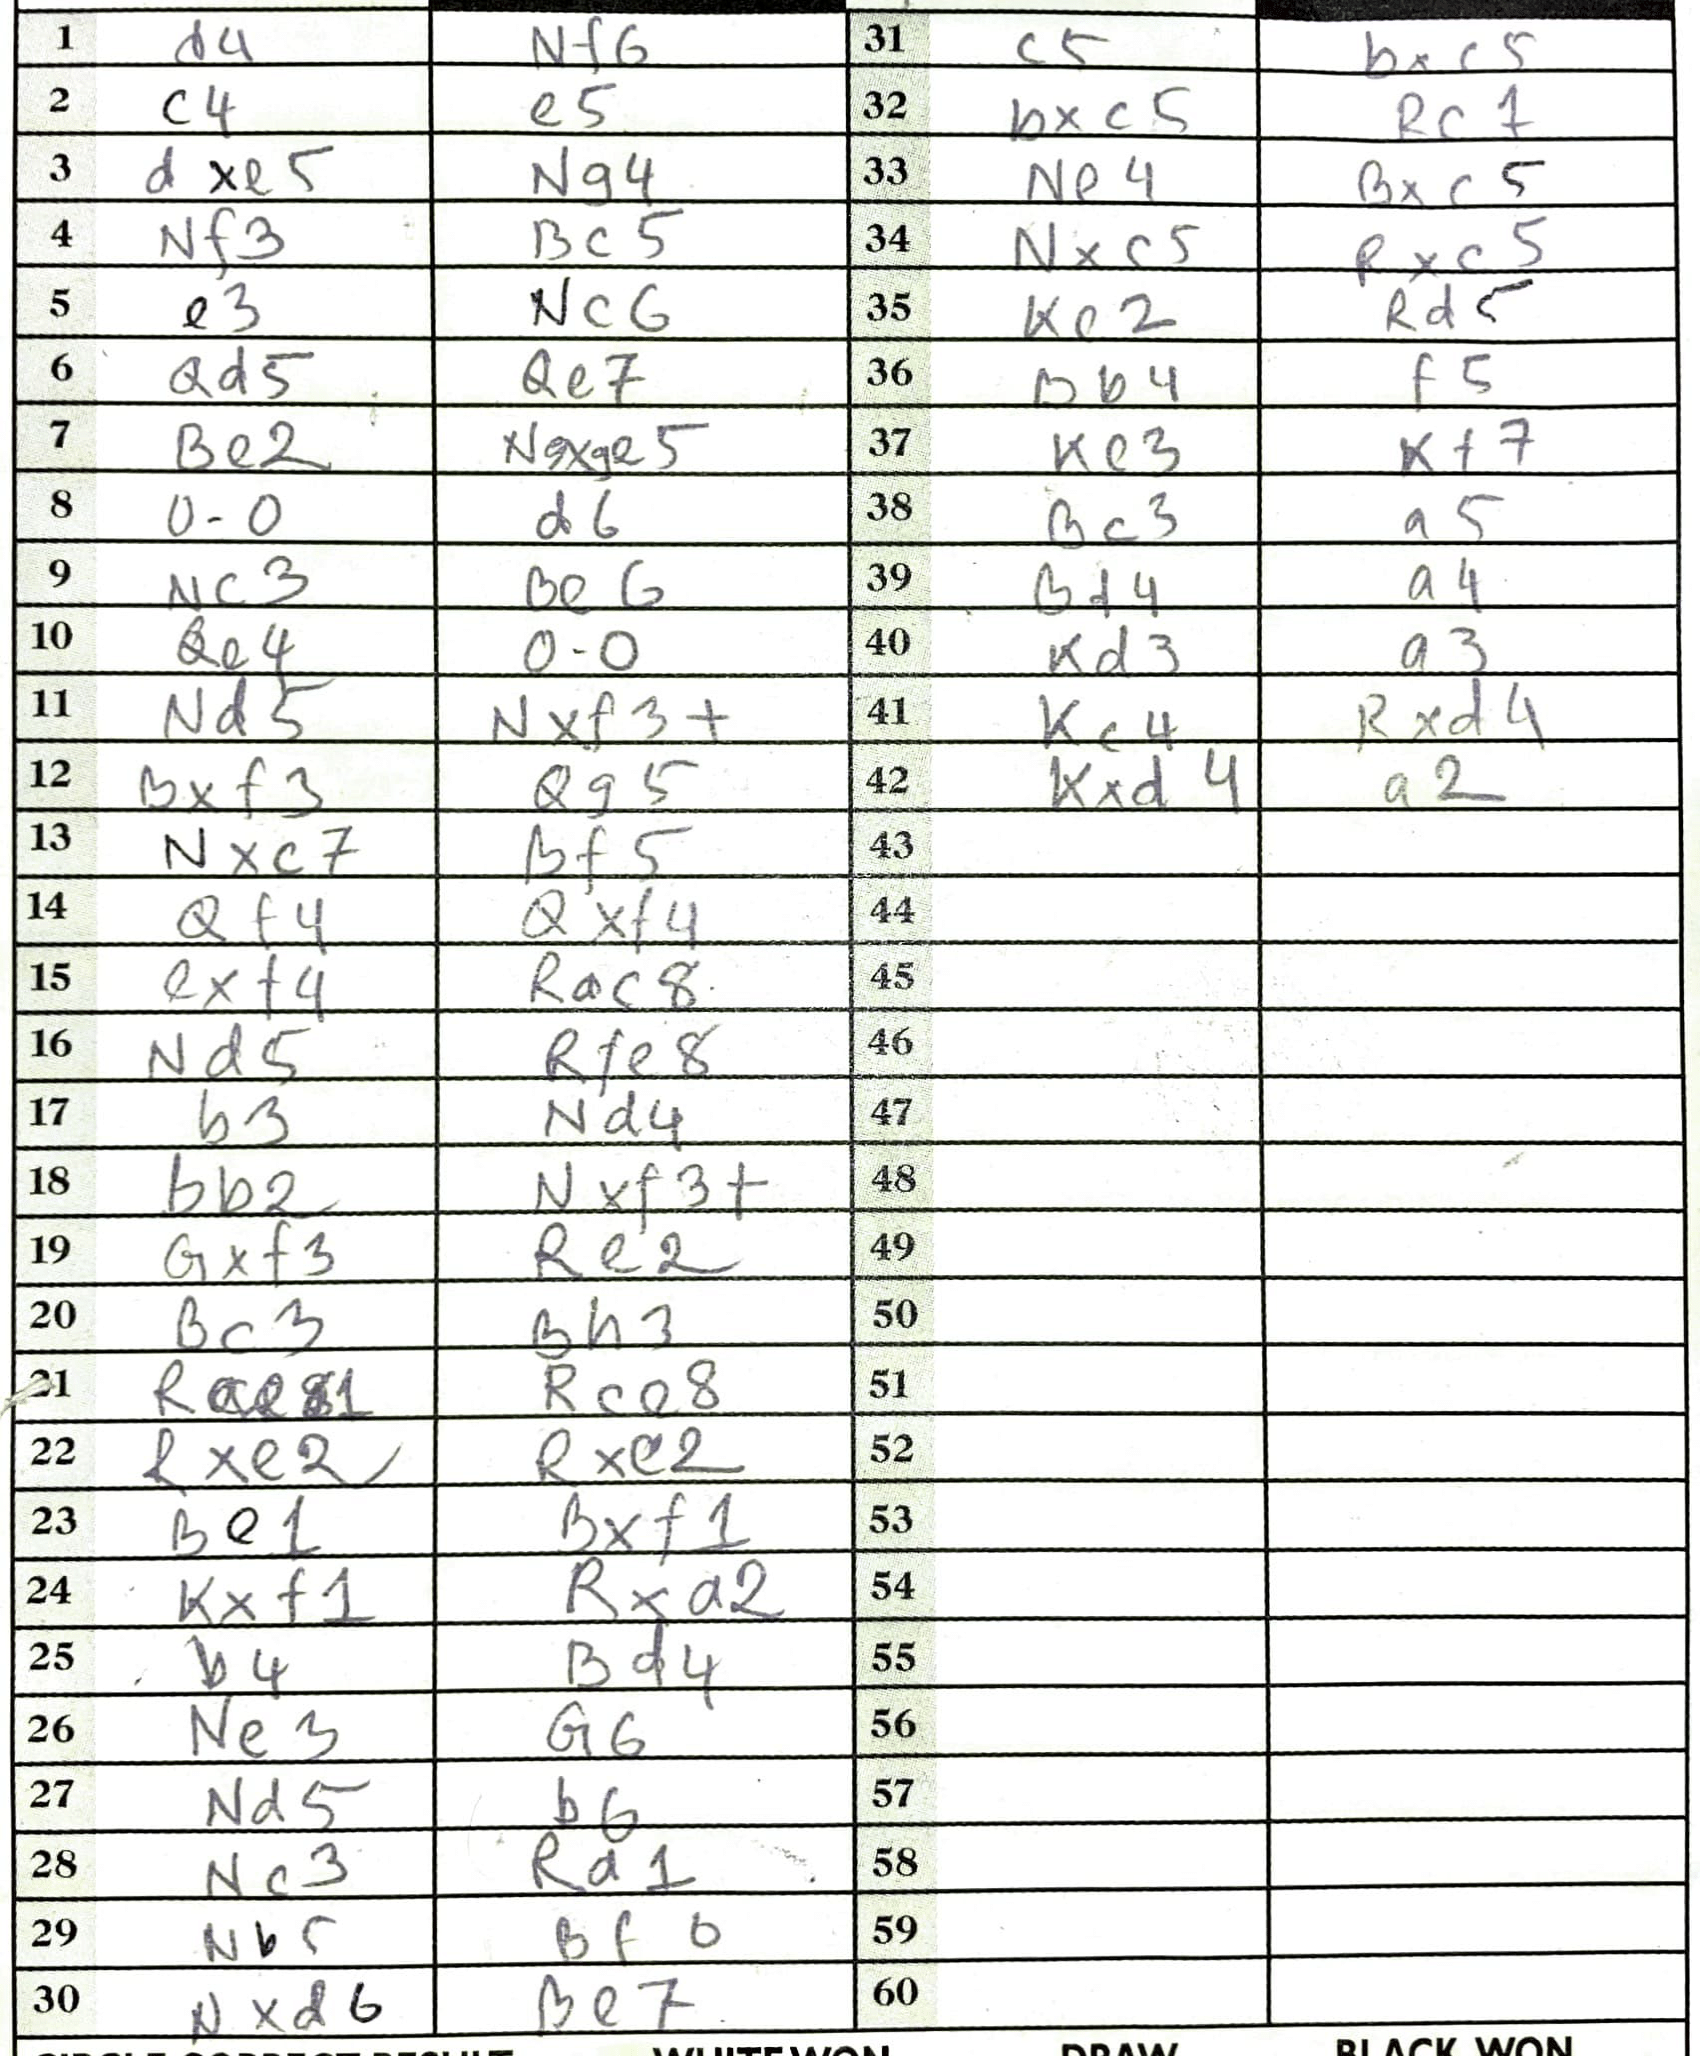
Moves: d4 Nf6 c4 e5 dxe5 Ng4 Nf3 Bc5 e3 Nc6 Qd5 Qe7 Be2 Nxe5 O-O d6 Nc3 Be6 Qe4 O-O Nd5 Nxf3+ Bxf3 Qg5 Nxc7 Bf5 Qf4 Qxf4 exf4 Rac8 Nd5 Rfe8 b3 Nd4 Bb2 Nxf3+ Qxf3 Re2 Bc3 Bh3 Rce8 Rxe2 Rxc2 Be1 Bxf1 Kxf1 Rxa2 b4 Bd4 Ne3 g6 Nd5 b6 Nc3 Ra1 Nb5 Bf6 Nxd6 Be7 c5 bxc5 bxc5 Rc7 Ne4 Bxc5 Nxc5 Rxc5 Ke2 Rd5 Bb4 f5 Ke3 Kf7 Bc3 a5 Bd4 a4 Kd3 a3 Kc4 Rxd4 Kxd4 a2